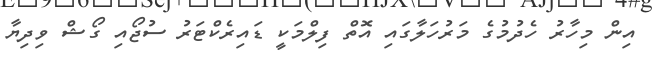
އިން މިހާރު ހެދުމުގެ މަރުހަލާގައި އޮތް ފިލްމަކީ ޑައިރެކްޓަރު ސުޖޯއި ގޯޝް ވިދިޔާ